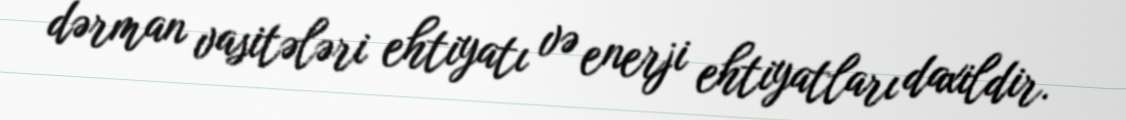
dərman vasitələri ehtiyatı və enerji ehtiyatları daxildir.